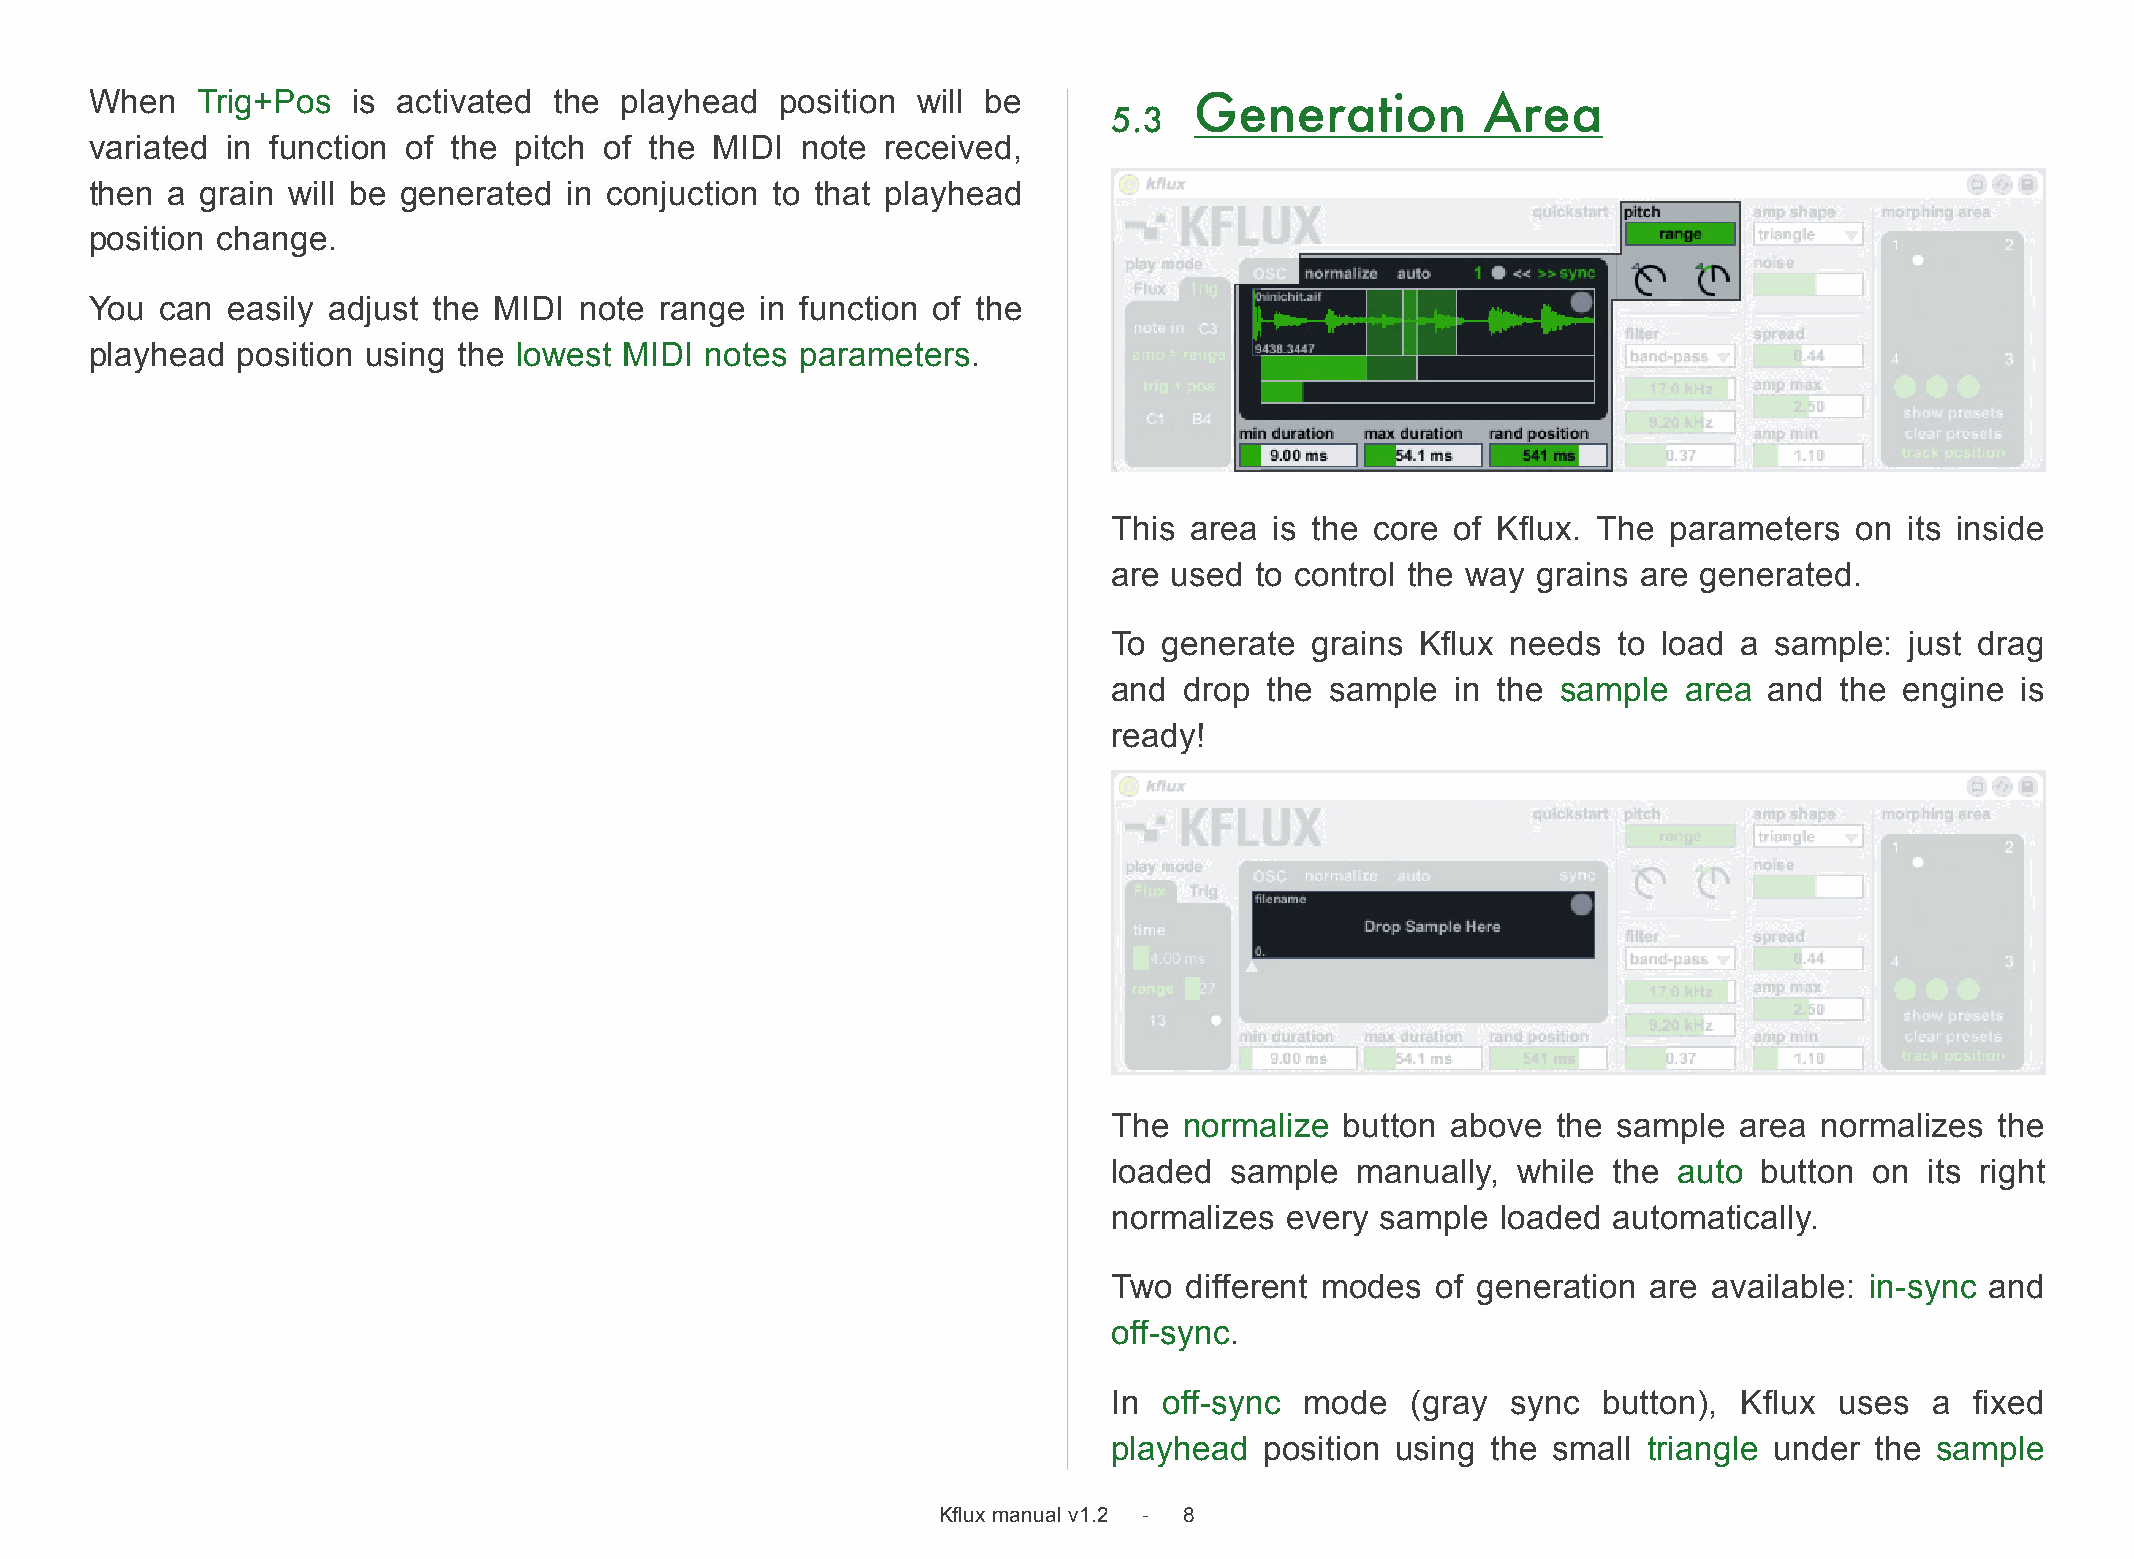
When   Trig+Pos  is activated  the playhead   position will be           Generation         Area
 5.3
 variated in function of the pitch of the MIDI  note  received,
 then a grain will be generated  in conjuction to that playhead
 position change.
 You  can easily adjust the MIDI note  range in function of the
 playhead  position using the lowest MIDI notes parameters.
 This area is the core of Kflux. The parameters   on its inside
 are used to control the way grains are generated.
 To generate  grains Kflux needs  to load a sample:  just drag
 and drop  the sample  in the sample   area and  the engine  is
 ready!
 The normalize  button above  the sample  area  normalizes the
 loaded sample   manually, while  the auto  button on  its right
 normalizes every sample  loaded  automatically.
 Two different modes  of generation are available: in-sync and
 off-sync.
 In off-sync mode   (gray  sync  button), Kflux  uses  a  fixed
 playhead  position using the small triangle under the sample
 Kflux manual v1.2 - 8